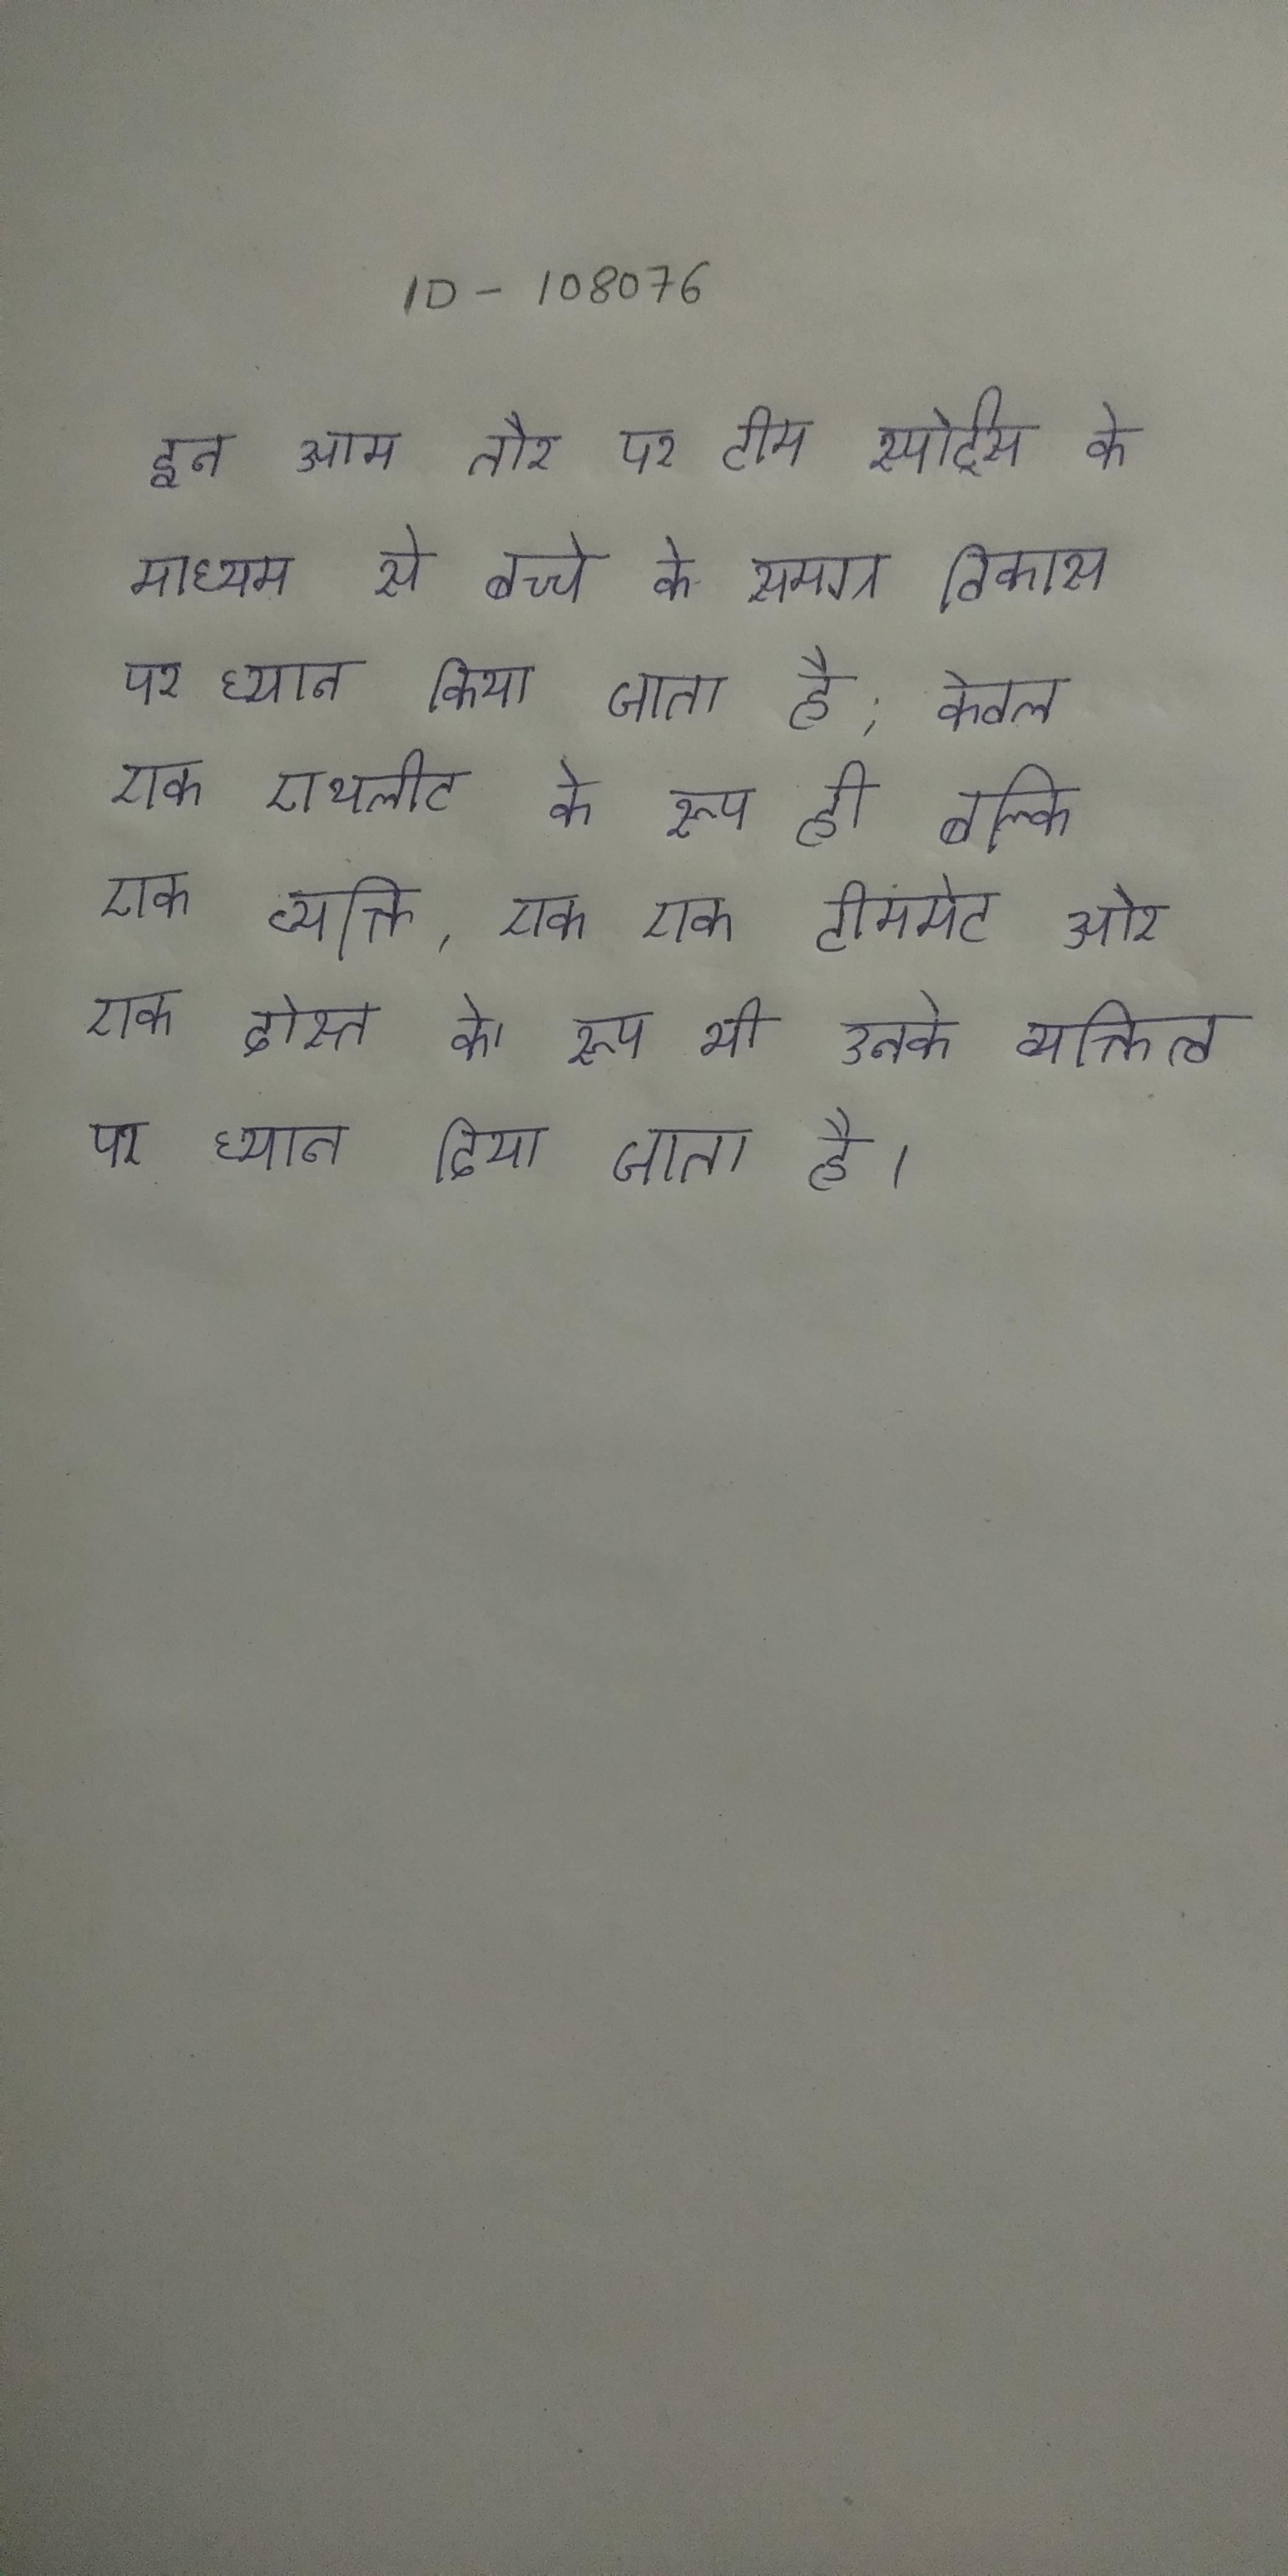
इन आम तौर पर टीम स्पोर्ट्स के माध्यम से बच्चे के समग्र विकास पर ध्यान किया जाता है; केवल एक एथलीट के रूप ही बल्कि एक व्यक्ति, एक एक टीममेट और एक दोस्त के रूप भी उनके व्यक्तित्व पर ध्यान दिया जाता है ।